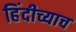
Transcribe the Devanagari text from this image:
हिंदीच्याच